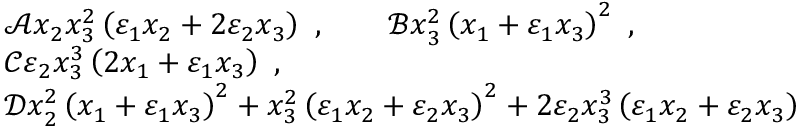
\begin{array} { r l } & { \mathscr { A } \= x _ { 2 } x _ { 3 } ^ { 2 } \left( \varepsilon _ { 1 } x _ { 2 } + 2 \varepsilon _ { 2 } x _ { 3 } \right) \ , \qquad \mathscr { B } \= x _ { 3 } ^ { 2 } \left( x _ { 1 } + \varepsilon _ { 1 } x _ { 3 } \right) ^ { 2 } \ , } \\ & { \mathcal { C } \= \varepsilon _ { 2 } x _ { 3 } ^ { 3 } \left( 2 x _ { 1 } + \varepsilon _ { 1 } x _ { 3 } \right) \ , } \\ & { \mathscr { D } \= x _ { 2 } ^ { 2 } \left( x _ { 1 } + \varepsilon _ { 1 } x _ { 3 } \right) ^ { 2 } + x _ { 3 } ^ { 2 } \left( \varepsilon _ { 1 } x _ { 2 } + \varepsilon _ { 2 } x _ { 3 } \right) ^ { 2 } + 2 \varepsilon _ { 2 } x _ { 3 } ^ { 3 } \left( \varepsilon _ { 1 } x _ { 2 } + \varepsilon _ { 2 } x _ { 3 } \right) } \end{array}